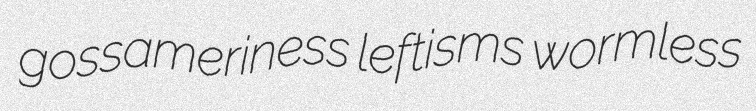
gossameriness leftisms wormless